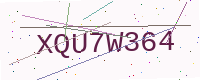
Text: XQU7W364